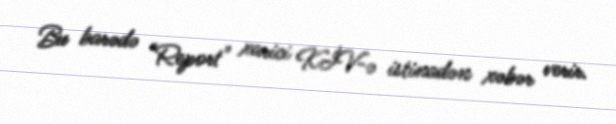
Bu barədə "Report" xarici KİV-ə istinadən xəbər verir.